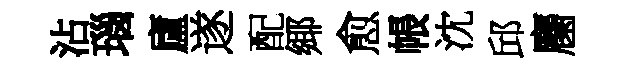
沾瑙廬遂配鄊愈帳沈邱麕